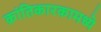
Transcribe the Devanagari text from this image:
क्रांतिकारकामध्ये